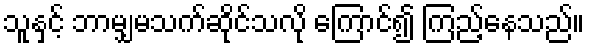
သူနှင့် ဘာမျှမသက်ဆိုင်သလို ကြောင်၍ ကြည့်နေသည်။